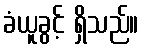
ခံယူခွင့် ရှိသည်။